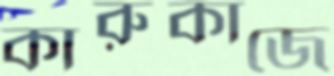
কারুকাজে